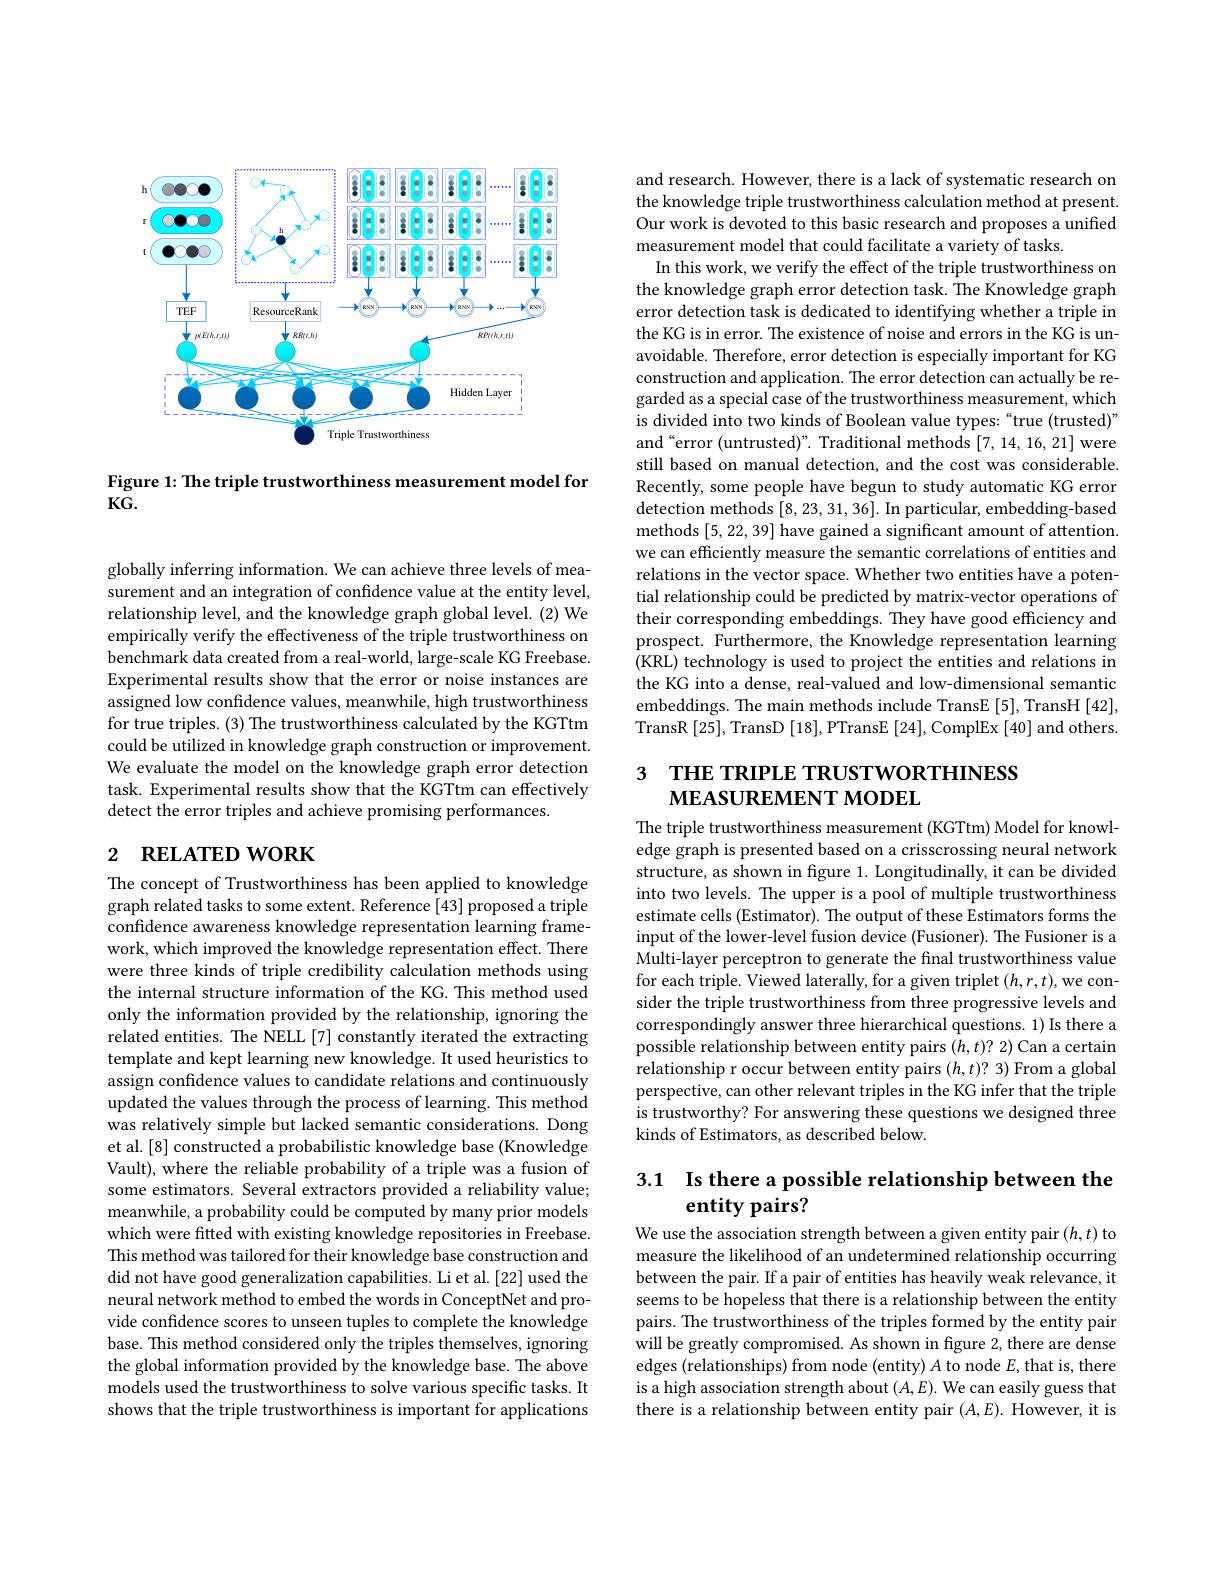
<FigureHere>

Figure 1: The triple trustworthiness measurement model for
$KG.$

globally inferring information. We can achieve three levels of measurement and an integration of confidence value at the entity level, relationship level, and the knowledge graph global level. (2) We empirically verify the effectiveness of the triple trustworthiness on benchmark data created from a real-world, large-scale KG Freebase. Experimental results show that the error or noise instances are assigned low confdence values, meanwhile, high trustworthiness for true triples. (3) The trustworthiness calculated by the KGTtm could be utilized in knowledge graph construction or improvement. We evaluate the model on the knowledge graph error detection task. Experimental results show that the KGTtm can effectively detect the error triples and achieve promising performances.

## 2 RELATED WORK

The concept of Trustworthiness has been applied to knowledge $\hat{\text{graph related tasks to some extent. Reference[43] proposed a triple}}$ confidence awareness knowledge representation learning framework, which improved the knowledge representation effect. There were three kinds of triple credibility calculation methods using the internal structure information of the KG. This method used only the information provided by the relationship, ignoring the related entities. The NELL [7] constantly iterated the extracting template and kept learning new knowledge. It used heuristics to assign confidence values to candidate relations and continuously updated the values through the process of learning. This method was relatively simple but lacked semantic considerations. Dong et al.[8] constructed a probabilistic knowledge base (Knowledge Vault), where the reliable probability of a triple was a fusion of some estimators. Several extractors provided a reliability value; meanwhile, a probability could be computed by many prior models which were fitted with existing knowledge repositories in Freebase. This method was tailored for their knowledge base construction and did not have good generalization capabilities. Li et al.[22] used the neural network method to embed the words in ConceptNet and provide confidence scores to unseen tuples to complete the knowledge base. This method considered only the triples themselves, ignoring the global information provided by the knowledge base. The above models used the trustworthiness to solve various specific tasks. It shows that the triple trustworthiness is important for applications

and research. However, there is a lack of systematic research on the knowledge triple trustworthiness calculation method at present. Our work is devoted to this basic research and proposes a unified measurement model that could facilitate a variety of tasks
In this work, we verify the effect of the triple trustworthiness on the knowledge graph error detection task. The Knowledge graph error detection task is dedicated to identifying whether a triple in the KG is in error. The existence of noise and errors in the KG is unavoidable. Therefore, error detection is especially important for KG construction and application. The error detection can actually be regarded as a special case of the trustworthiness measurement, which is divided into two kinds of Boolean value types:“true (trusted)” and“error (untrusted)”. Traditional methods [7,14,16,21] were still based on manual detection, and the cost was considerable. Recently, some people have begun to study automatic KG error detection methods [8,23,31,36]. In particular, embedding-based methods [5,22,39] have gained a significant amount of attention. we can efficiently measure the semantic correlations of entities and relations in the vector space. Whether two entities have a potential relationship could be predicted by matrix-vector operations of their corresponding embeddings. They have good efficiency and prospect. Furthermore, the Knowledge representation learning (KRL) technology is used to project the entities and relations in the KG into a dense, real-valued and low-dimensional semantic embeddings. The main methods include TransE [5], TransH [42], TransR [25],TransD [18],PTransE [24],ComplEx [40]and others.

3 THE TRIPLE TRUSTWORTHINESS
MEASUREMENT MODEL

The triple trustworthiness measurement (KGTtm) Model for knowledge graph is presented based on a crisscrossing neural network structure, as shown in figure 1. Longitudinally, it can be divided into two levels. The upper is a pool of multiple trustworthiness estimate cells (Estimator). The output of these Estimators forms the input of the lower-level fusion device (Fusioner). The Fusioner is a Multi-layer perceptron to generate the final trustworthiness value for each triple. Viewed laterally, for a given triplet $(h,r,t)$,we consider the triple trustworthiness from three progressive levels and correspondingly answer three hierarchical questions. 1) Is there a possible relationship between entity pairs $(h,t)?$ 2) Can a certain $\hat{\text{relationship r occur between entity pairs }}(h,t)?$ 3)From a global perspective, can other relevant triples in the KG infer that the triple is trustworthy? For answering these questions we designed three kinds of Estimators, as described below.

# 3.1 Is there a possible relationship between the entity pairs?

We use the association strength between a given entity pair $(h,t)$ to measure the likelihood of an undetermined relationship occurring between the pair. If a pair of entities has heavily weak relevance, it seems to be hopeless that there is a relationship between the entity pairs. The trustworthiness of the triples formed by the entity pair will be greatly compromised. As shown in figure 2, there are dense edges (relationships) from node (entity) A to node $E$,that is, there is a high association strength about $(A,E).$ We can easily guess that there is a relationship between entity pair $(A,E).$ However, it is